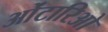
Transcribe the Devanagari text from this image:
ओंटारिओ